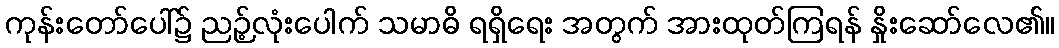
ကုန်းတော်ပေါ်၌ ညဉ့်လုံးပေါက် သမာဓိ ရရှိရေး အတွက် အားထုတ်ကြရန် နှိုးဆော်လေ၏။